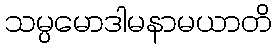
သမ္ပမောဒါမနာမယာတိ